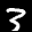
Label: 3